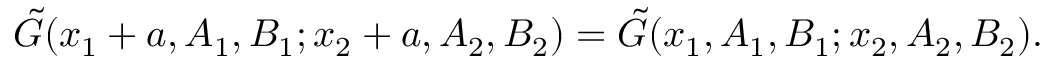
\tilde { G } ( x _ { 1 } + a , A _ { 1 } , B _ { 1 } ; x _ { 2 } + a , A _ { 2 } , B _ { 2 } ) = \tilde { G } ( x _ { 1 } , A _ { 1 } , B _ { 1 } ; x _ { 2 } , A _ { 2 } , B _ { 2 } ) .